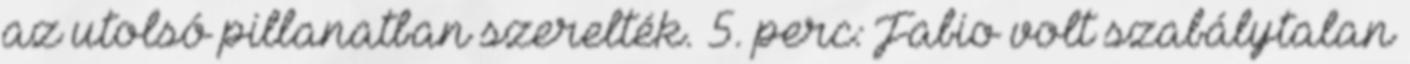
az utolsó pillanatban szerelték. 5. perc: Fabio volt szabálytalan